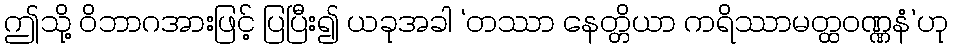
ဤသို့ ဝိဘာဂအားဖြင့် ပြပြီး၍ ယခုအခါ ‘တဿာ နေတ္တိယာ ကရိဿာမတ္ထဝဏ္ဏနံ’ဟု